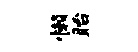
懒眙